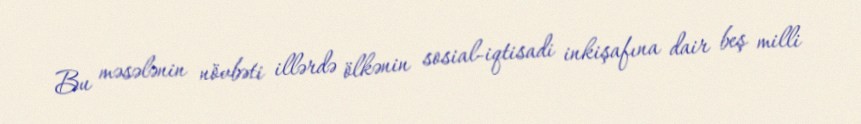
Bu məsələnin növbəti illərdə ölkənin sosial-iqtisadi inkişafına dair beş milli